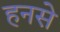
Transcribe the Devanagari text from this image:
हनसे